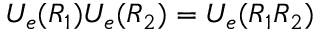
U _ { e } ( R _ { 1 } ) U _ { e } ( R _ { 2 } ) = U _ { e } ( R _ { 1 } R _ { 2 } )